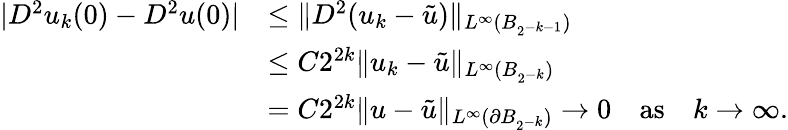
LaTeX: \begin{array}{rl}{|D^{2}u_{k}(0)-D^{2}u(0)|}&{\le\| D^{2}(u_{k}-\tilde{u})\| _{L^{\infty}(B_{2^{-k-1}})}}\\ &{\le C2^{2k}\| u_{k}-\tilde{u}\| _{L^{\infty}(B_{2^{-k}})}}\\ &{=C2^{2k}\| u-\tilde{u}\| _{L^{\infty}(\partial B_{2^{-k}})}\to 0\quad\textrm{as}\quad k\to\infty.}\end{array}